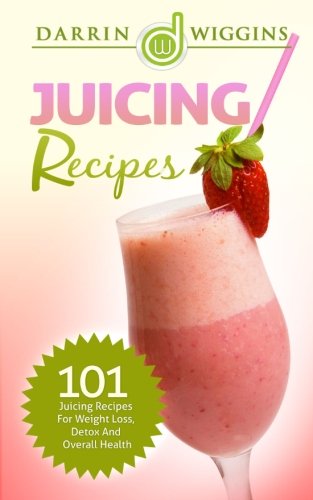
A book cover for Juicing: Recipes - 101 Juicing Recipes For Weight Loss, Detox And Overall Health; Darrin Wiggins; Cookbooks, Food & Wine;